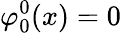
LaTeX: \varphi_{0}^{0}(x)=0